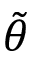
\tilde { \theta }